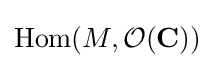
\mathrm {Hom} (M,{\mathcal {O}}(\mathbf {C} ))